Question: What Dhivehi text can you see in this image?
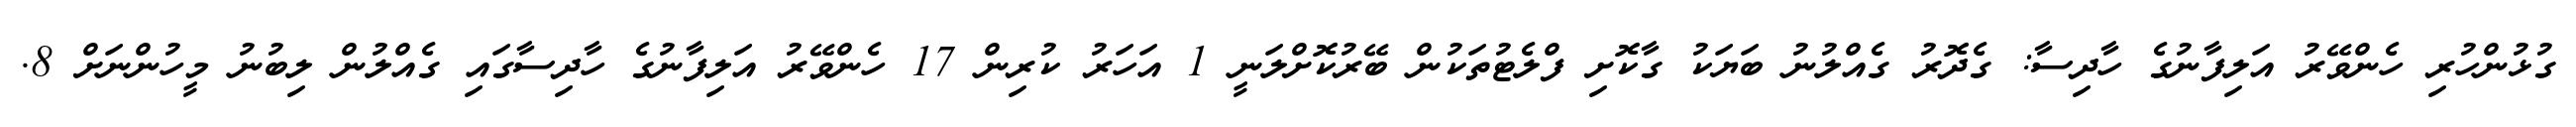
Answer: ގުޅުންހުރި ހެންވޭރު އަލިފާނުގެ ހާދިސާ: ގެދޮރު ގެއްލުނު ބަޔަކު ގާކޮށި ފްލެޓުތަކުން ބޭރުކޮށްލަނީ 1 އަހަރު ކުރިން 17 ހެންވޭރު އަލިފާނުގެ ހާދިސާގައި ގެއްލުން ލިބުނު މީހުންނަށް 8.